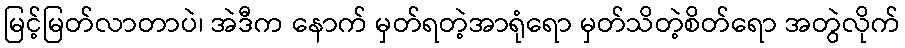
မြင့်မြတ်လာတာပဲ၊ အဲဒီက နောက် မှတ်ရတဲ့အာရုံရော မှတ်သိတဲ့စိတ်ရော အတွဲလိုက်